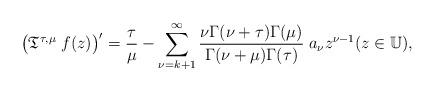
LaTeX: \begin{align*}\bigl({\mathfrak T}^{\tau,\mu}\; f(z)\bigr)^{\prime}= \frac{\tau}{\mu} - \sum_{\nu=k+1}^{\infty}\frac{\nu\Gamma(\nu+\tau)\Gamma(\mu)}{\Gamma(\nu+\mu)\Gamma(\tau)}\; a_{\nu} z^{\nu-1 }(z\in \mathbb{U}),\end{align*}